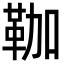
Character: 𩊏